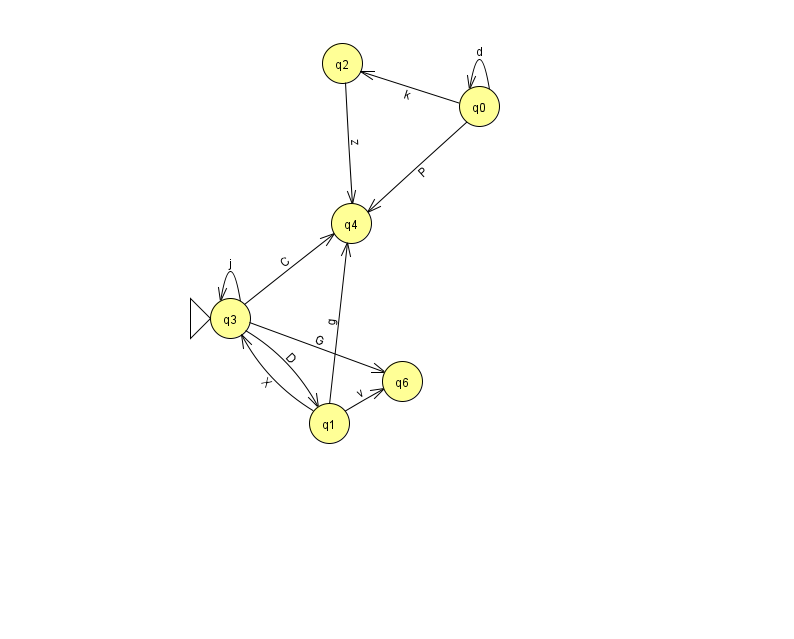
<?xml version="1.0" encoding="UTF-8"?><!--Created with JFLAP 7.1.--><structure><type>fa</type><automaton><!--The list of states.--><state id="0" name="q0"><x>479.0</x><y>93.0</y></state><state id="1" name="q1"><x>329.0</x><y>410.0</y></state><state id="2" name="q2"><x>342.0</x><y>50.0</y></state><state id="3" name="q3"><x>230.0</x><y>305.0</y><initial/></state><state id="4" name="q4"><x>351.0</x><y>210.0</y></state><state id="6" name="q6"><x>402.0</x><y>368.0</y></state><!--The list of transitions.--><transition><from>1</from><to>4</to><read>g</read></transition><transition><from>0</from><to>0</to><read>d</read></transition><transition><from>1</from><to>3</to><read>X</read></transition><transition><from>1</from><to>6</to><read>v</read></transition><transition><from>2</from><to>4</to><read>z</read></transition><transition><from>3</from><to>6</to><read>G</read></transition><transition><from>3</from><to>1</to><read>D</read></transition><transition><from>3</from><to>3</to><read>j</read></transition><transition><from>3</from><to>4</to><read>C</read></transition><transition><from>0</from><to>4</to><read>P</read></transition><transition><from>0</from><to>2</to><read>k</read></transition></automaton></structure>